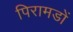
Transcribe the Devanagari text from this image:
पिरामडों